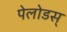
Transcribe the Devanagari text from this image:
पेलोडस्